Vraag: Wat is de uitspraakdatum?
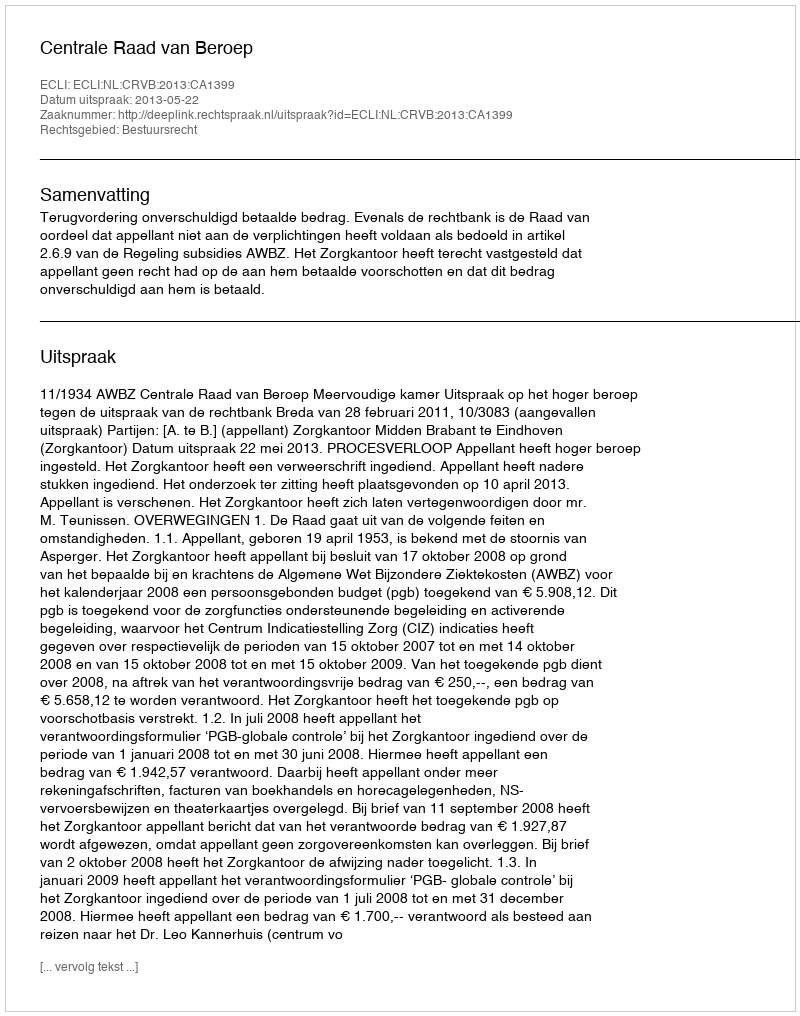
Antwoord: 2013-05-22